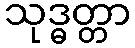
သုဒ္ဓတ္တာ